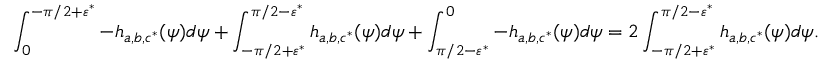
\int _ { 0 } ^ { - \pi / 2 + \varepsilon ^ { * } } - h _ { a , b , c ^ { * } } ( \psi ) d \psi + \int _ { - \pi / 2 + \varepsilon ^ { * } } ^ { \pi / 2 - \varepsilon ^ { * } } h _ { a , b , c ^ { * } } ( \psi ) d \psi + \int _ { \pi / 2 - \varepsilon ^ { * } } ^ { 0 } - h _ { a , b , c ^ { * } } ( \psi ) d \psi = 2 \int _ { - \pi / 2 + \varepsilon ^ { * } } ^ { \pi / 2 - \varepsilon ^ { * } } h _ { a , b , c ^ { * } } ( \psi ) d \psi .